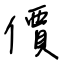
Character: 價